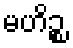
မဟိဉ္စ